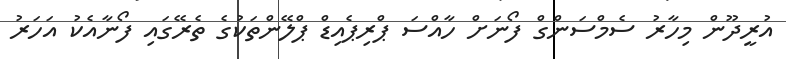
އުރީދޫން މިހާރު ސެމްސަންގް ފޯނަށް ހާއްސަ ޕްރިޕެއިޑް ޕްލޭންތަކުގެ ތެރޭގައި ފޯނާއެކު އަހަރު